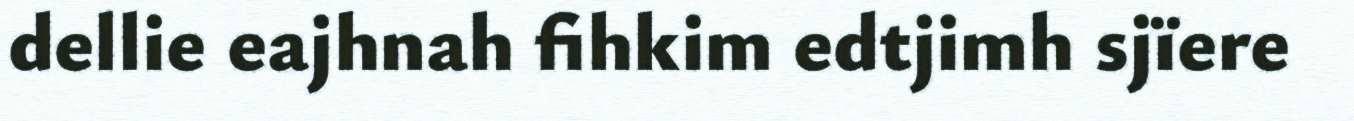
dellie eajhnah fihkim edtjimh sjïere